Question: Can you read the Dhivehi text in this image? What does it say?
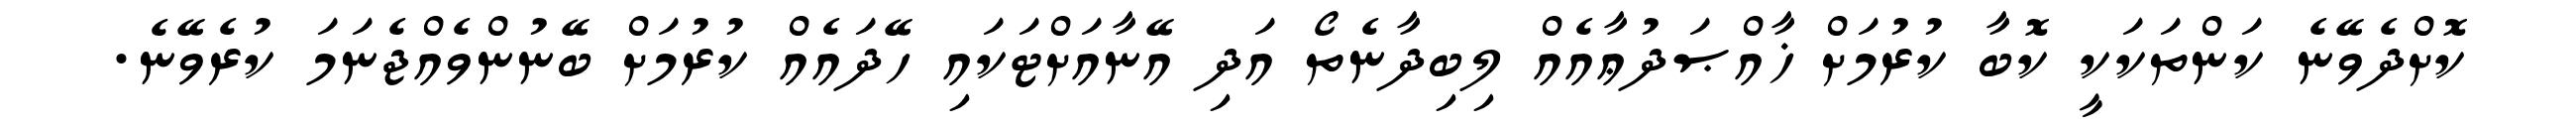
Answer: ކޮށްދެވޭނެ ކަންތަކަކީ ކޮބާ ކުރުމަށް ޚާއްޞަދުޢާއެއް ލިބިދާނެތޯ އަދި އޭނާއަށްޓަކައި ހޭދައެއް ކުރުމަށް ބޭނުންވެއްޖެނަމަ ކުރެވޭނެ.